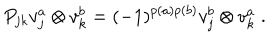
P _ { j k } v _ { j } ^ { a } \otimes v _ { k } ^ { b } = ( - 1 ) ^ { p ( a ) p ( b ) } v _ { j } ^ { b } \otimes v _ { k } ^ { a } \; .